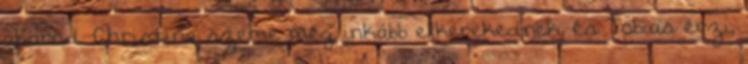
akarod. Christina szeme még inkább elkerekednek, és Tobias érzi,